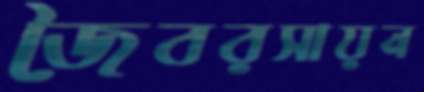
জৈবরসায়ন